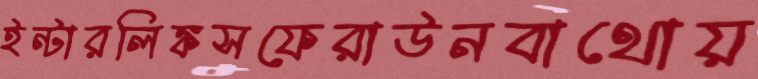
ইন্টারলিঙ্কসফেরাউনবাথোয়